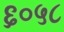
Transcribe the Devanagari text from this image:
६०५८